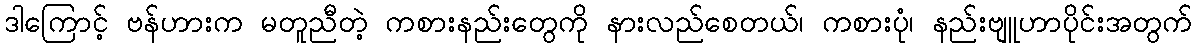
ဒါကြောင့် ဗန်ဟားက မတူညီတဲ့ ကစားနည်းတွေကို နားလည်စေတယ်၊ ကစားပုံ၊ နည်းဗျူဟာပိုင်းအတွက်